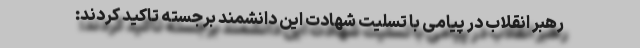
رهبر انقلاب در پیامی با تسلیت شهادت این دانشمند برجسته تاکید کردند:‌